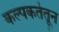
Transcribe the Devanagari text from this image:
कल्पकतेतून